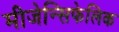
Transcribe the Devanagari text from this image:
मीजेन्सिफेलिक